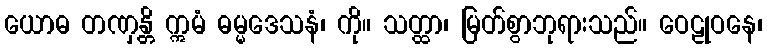
ယောဓ တဏှန္တိ ဣမံ ဓမ္မဒေသနံ၊ ကို။ သတ္ထာ၊ မြတ်စွာဘုရားသည်။ ဝေဠုဝနေ၊